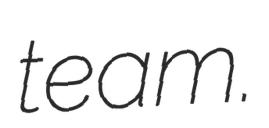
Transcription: team.